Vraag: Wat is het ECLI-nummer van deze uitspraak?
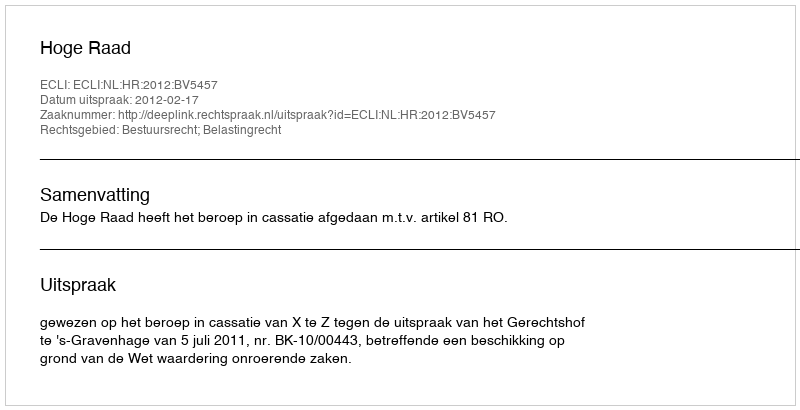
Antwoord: ECLI:NL:HR:2012:BV5457